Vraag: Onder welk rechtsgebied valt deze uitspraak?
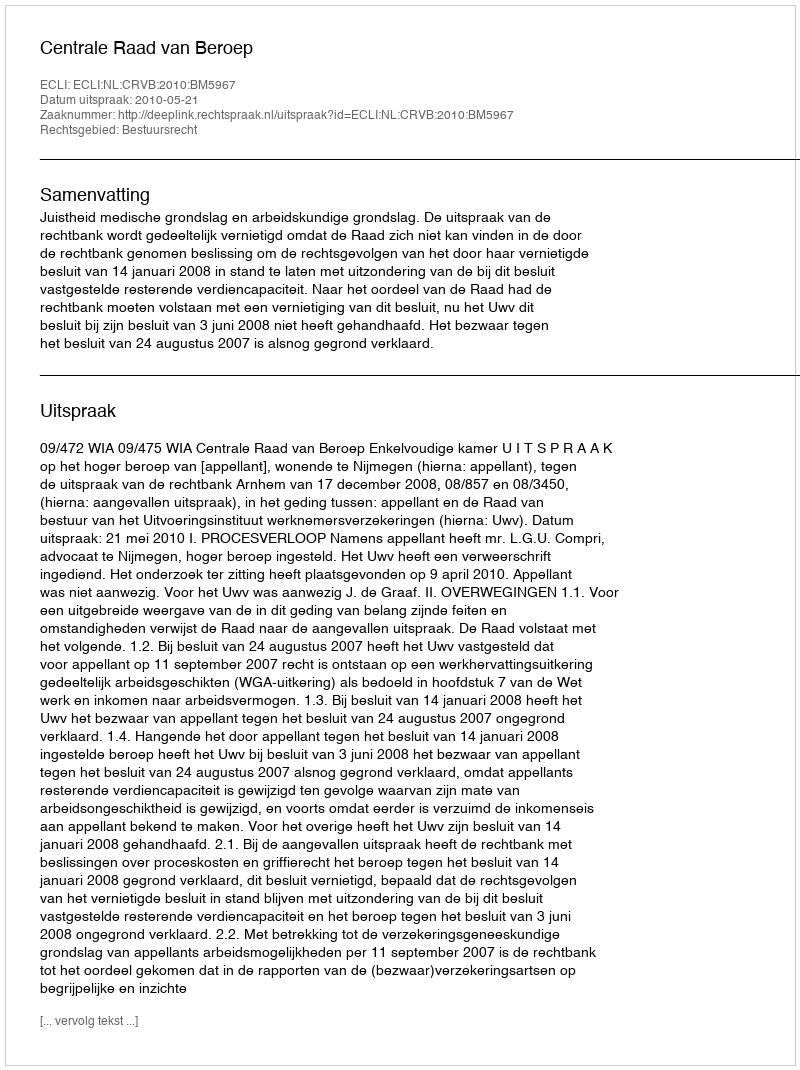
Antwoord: Bestuursrecht